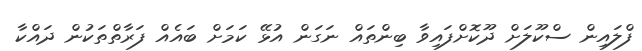
ފްލައިން ސްކޫލަށް ދޫކޮށްފައިވާ ބިންތައް ނަގަން އުޅޭ ކަމަށް ބައެއް ފަރާތްތަކުން ދައްކާ